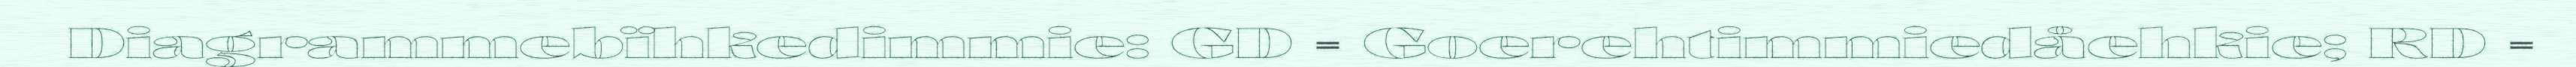
Diagrammebïhkedimmie: GD = Goerehtimmiedåehkie; RD =